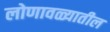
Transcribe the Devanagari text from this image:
लोणावळ्यातील